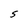
Character: S